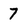
Character: 7